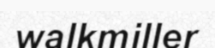
walkmiller